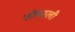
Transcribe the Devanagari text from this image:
तोषाली